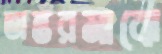
অন্তরমাঝে